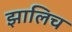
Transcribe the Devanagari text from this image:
झालिच